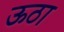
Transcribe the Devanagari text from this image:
ऊठा